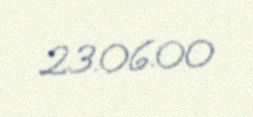
23.06.00